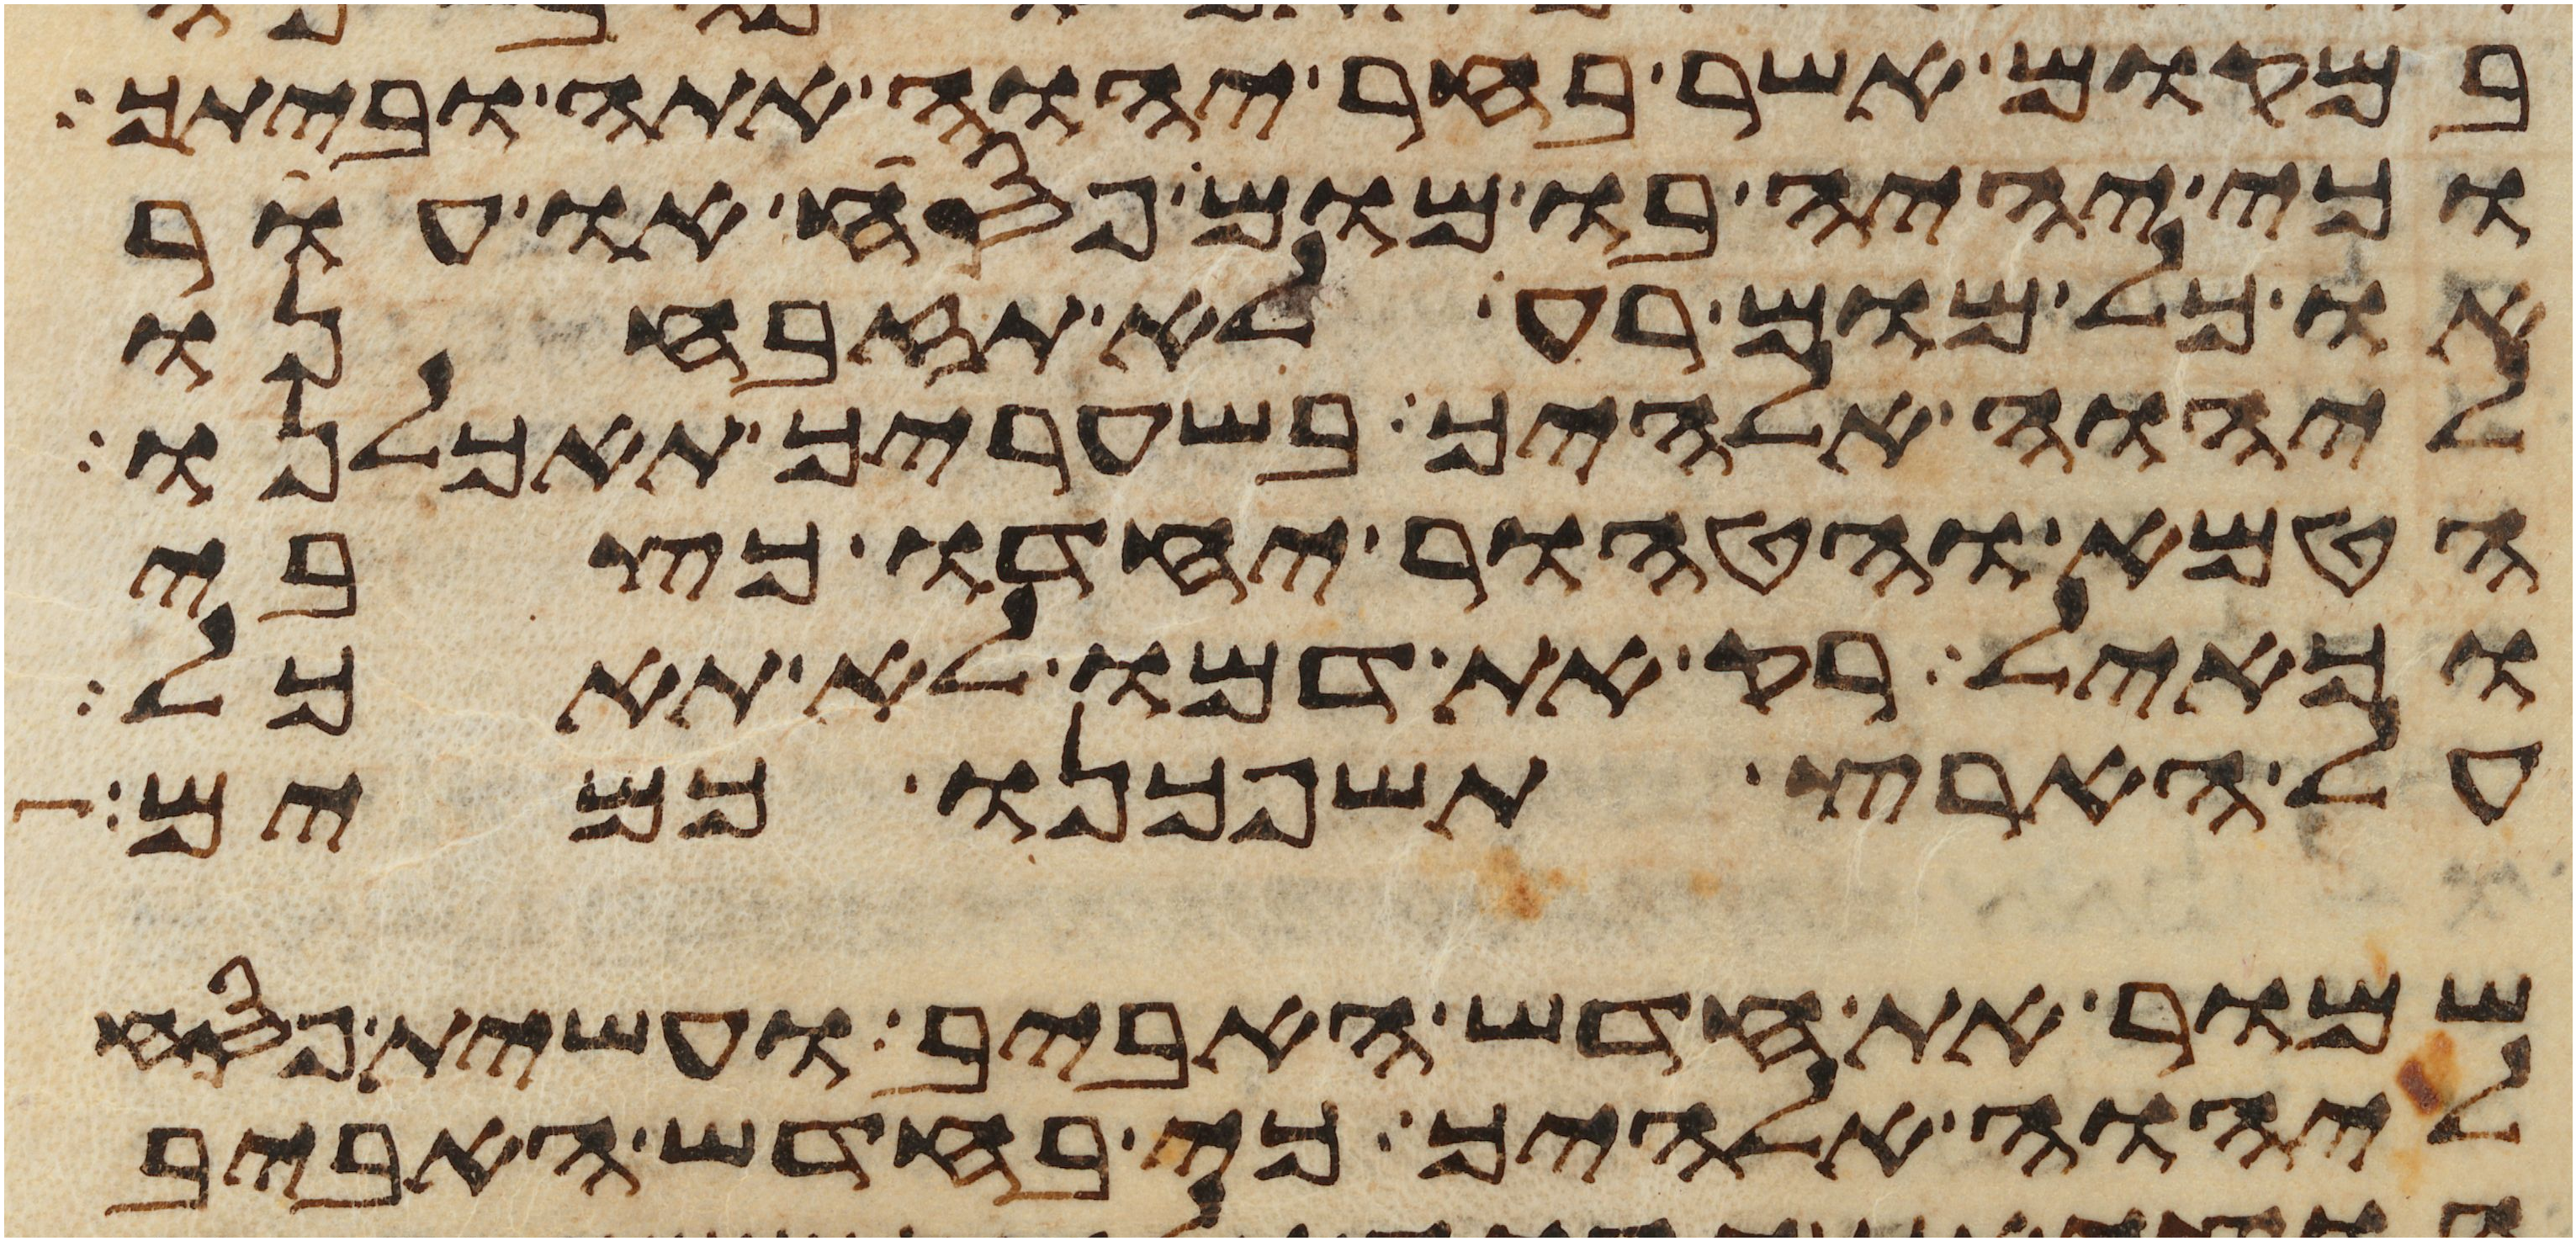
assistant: במקום אשר בחר יהוה אתה וביתך
וכי יהיה בו מום פסח או עור
או כל מום רע לא תזבחנו
ליהוה אלהיך בשעריך תאכלנו
הטמא והטהור יחדו כצבי
וכאיל רק את דמו לא תאכל
על הארץ תשפכנו כמים
שמור את חדש האביב ועשית פסח
ליהוה אלהיך כי בחדש האביב